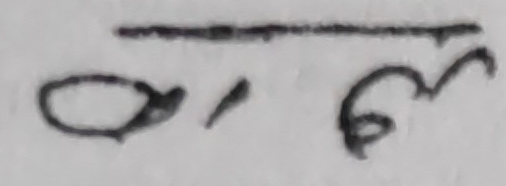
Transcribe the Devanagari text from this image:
०६